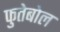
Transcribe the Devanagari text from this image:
फुतेबोल